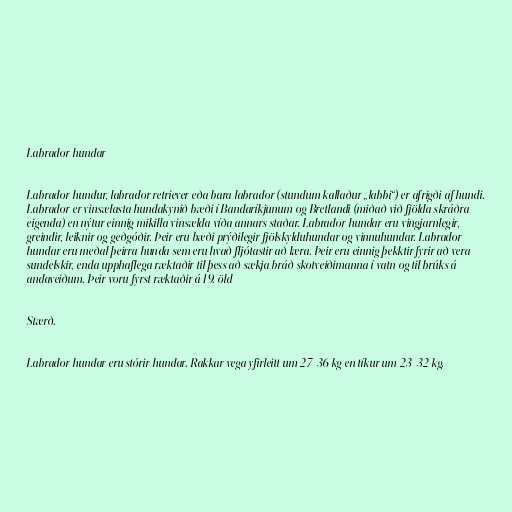
Labrador hundar

Labrador hundur, labrador retriever eða bara labrador (stundum kallaður „labbi“) er afrigði af hundi.
Labrador er vinsælasta hundakynið bæði í Bandaríkjunum og Bretlandi (miðað við fjölda skráðra
eigenda) en nýtur einnig mikilla vinsælda víða annars staðar. Labrador hundar eru vingjarnlegir,
greindir, leiknir og geðgóðir. Þeir eru bæði prýðilegir fjölskylduhundar og vinnuhundar. Labrador
hundar eru meðal þeirra hunda sem eru hvað fljótastir að læra. Þeir eru einnig þekktir fyrir að vera
sundelskir, enda upphaflega ræktaðir til þess að sækja bráð skotveiðimanna í vatn og til brúks á
andaveiðum. Þeir voru fyrst ræktaðir á 19. öld

Stærð.

Labrador hundar eru stórir hundar. Rakkar vega yfirleitt um 27-36 kg en tíkur um 23-32 kg.